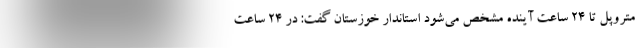
متروپل تا ۲۴ ساعت آینده مشخص می‌شود استاندار خوزستان گفت: در ٢۴ ساعت